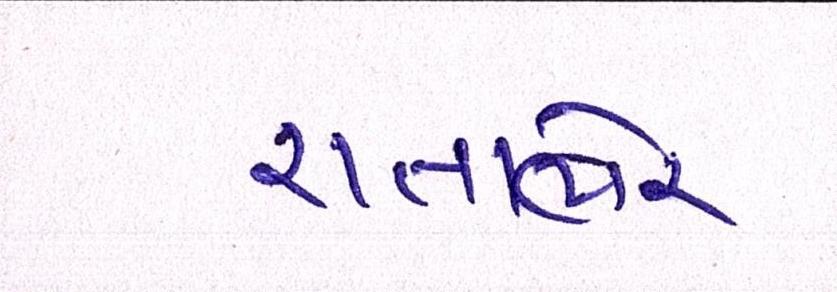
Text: રાતાભેર